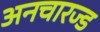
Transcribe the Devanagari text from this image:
अनचारज्ड